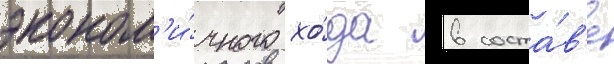
эконом'и́чного хо́да в соста́в'е